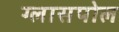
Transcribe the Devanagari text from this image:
ग्लासपोल